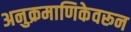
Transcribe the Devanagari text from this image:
अनुक्रमाणिकेवरून